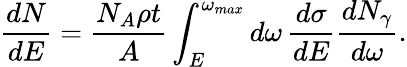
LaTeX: \frac{dN}{dE}=\frac{N_{A}\rho t}{A}\int_{E}^{\omega_{max}}d\omega\, \frac{d\sigma}{dE}\frac{dN_{\gamma}}{d\omega}.